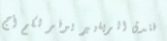
فندق الريفيير يوفر لكم أج